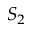
S _ { 2 }